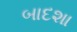
બાદશા